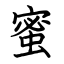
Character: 蜜